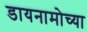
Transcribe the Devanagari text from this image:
डायनामोच्या